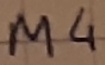
Text: M4